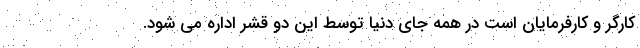
کارگر و کارفرمایان است در همه جای دنیا توسط این دو قشر اداره می شود.